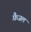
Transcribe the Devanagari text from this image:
फ़ैजल